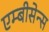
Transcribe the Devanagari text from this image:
एम्बीसेन्स